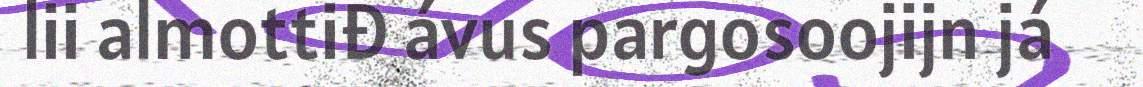
lii almottiđ ávus pargosoojijn já